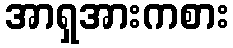
အာရှအားကစား